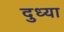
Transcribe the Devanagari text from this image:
दुध्या